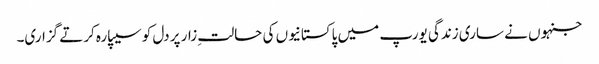
جنہوں نے ساری زندگی یورپ میں پاکستانیوں کی حالتِ زار پر دل کو سیپارہ کرتے گزاری۔